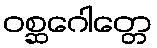
ဝစ္ဆဂေါတ္တေ